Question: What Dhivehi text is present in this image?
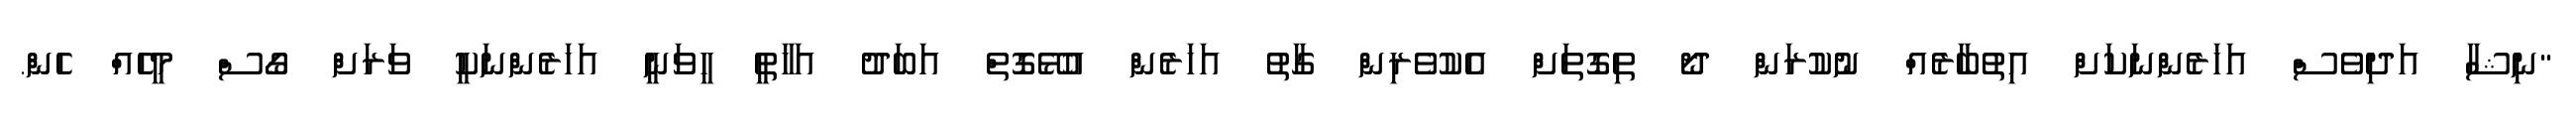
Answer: "ނިޝާ އަދިވެސް އަހަރެންނަކަށް އިތުބާރެއް ނުކުރަން ދޯ ތިގޮތަށް އެކުވެރިން ގާތު އަހަރެން އުޅޭގޮތް އަބަދު އަހާތީ ހީވަނީ އަހަރެންނަކީ ވަރަށް ގޯސް މީހެއް ހެން.